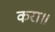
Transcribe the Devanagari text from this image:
करा॥